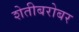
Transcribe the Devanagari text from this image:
शेतीबरोबर